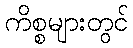
ကိစ္စများတွင်